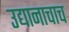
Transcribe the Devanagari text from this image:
उद्यानाचाच